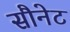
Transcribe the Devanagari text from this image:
सौनेट